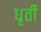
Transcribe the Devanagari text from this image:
धृर्ती